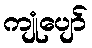
ကျုံပျော်